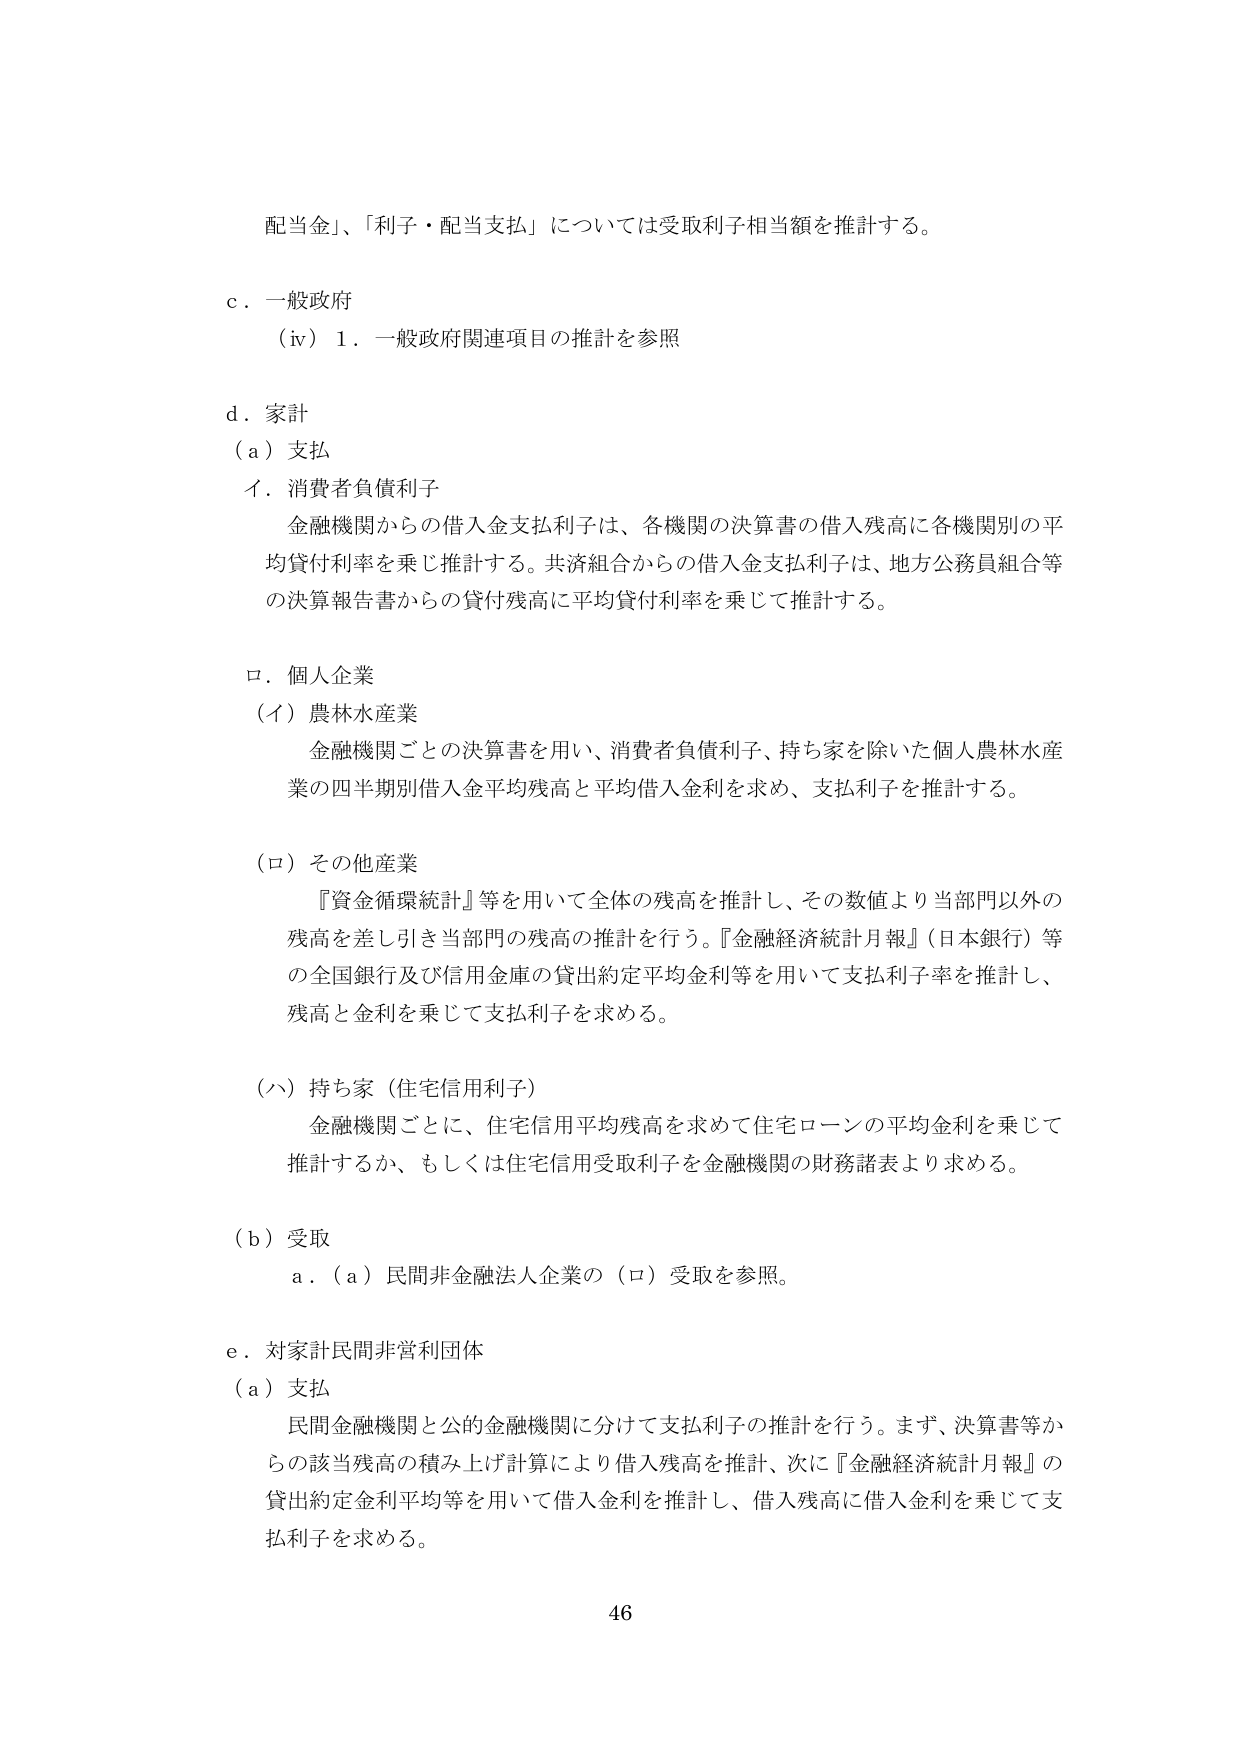
配当金」、「利子・配当支払」については受取利子相当額を推計する。

c．一般政府
（iv）1．一般政府関連項目の推計を参照

d．家計
（a）支払
イ．消費者負債利子
金融機関からの借入金支払利子は、各機関の決算書の借入残高に各機関別の平均貸付利率を乗じ推計する。共済組合からの借入金支払利子は、地方公務員組合等の決算報告書からの貸付残高に平均貸付利率を乗じて推計する。

ロ．個人企業
（イ）農林水産業
金融機関ごとの決算書を用い、消費者負債利子、持ち家を除いた個人農林水産業の四半期別借入金平均残高と平均借入金利を求め、支払利子を推計する。

（ロ）その他産業
『資金循環統計』等を用いて全体の残高を推計し、その数値より当部門以外の残高を差し引き当部門の残高の推計を行う。『金融経済統計月報』（日本銀行）等の全国銀行及び信用金庫の貸出約定平均金利等を用いて支払利子率を推計し、残高と金利を乗じて支払利子を求める。

（ハ）持ち家（住宅信用利子）
金融機関ごとに、住宅信用平均残高を求めて住宅ローンの平均金利を乗じて推計するか、もしくは住宅信用受取利子を金融機関の財務諸表より求める。

（b）受取
a．（a）民間非金融法人企業の（ロ）受取を参照。

e．対家計民間非営利団体
（a）支払
民間金融機関と公的金融機関に分けて支払利子の推計を行う。まず、決算書等からの該当残高の積み上げ計算により借入残高を推計、次に『金融経済統計月報』の貸出約定金利平均等を用いて借入金利を推計し、借入残高に借入金利を乗じて支払利子を求める。

46